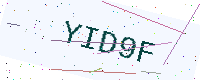
Text: YID9F